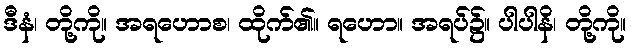
ဒီနံ၊ တို့ကို။ အရဟောစ၊ ထိုက်၏။ ရဟော။ အရပ်၌။ ပါပါနိ၊ တို့ကို။